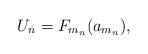
LaTeX: \begin{align*} U_{n} = F_{m_n}(a_{m_n}), \end{align*}